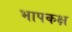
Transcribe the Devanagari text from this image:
भापकक्ष